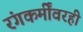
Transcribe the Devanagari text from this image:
रंगकर्मींवरही